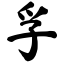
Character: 孚